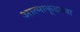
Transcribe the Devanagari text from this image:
आत्माकूडच्या